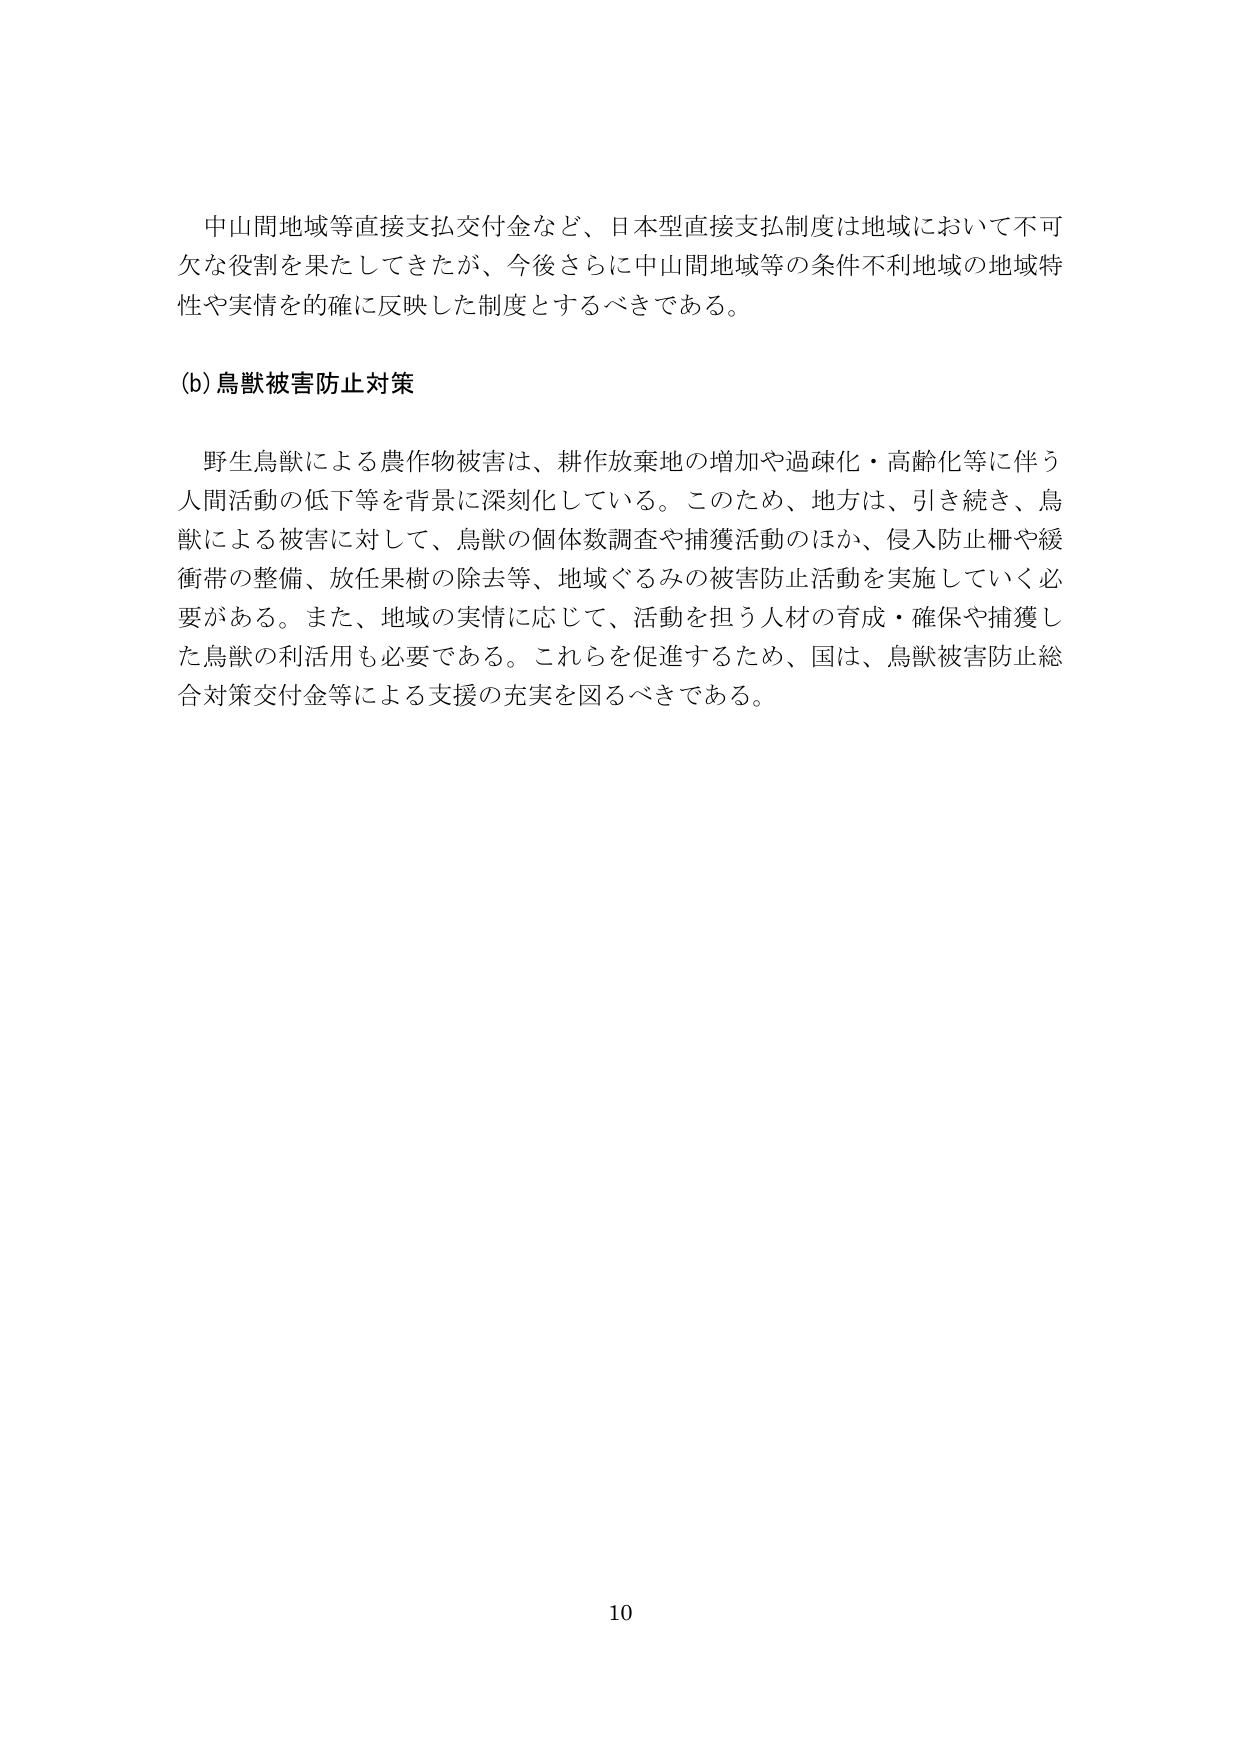
中山間地域等直接支払交付金など、日本型直接支払制度は地域において不可欠な役割を果たしてきたが、今後さらに中山間地域等の条件不利地域の地域特性や実情を的確に反映した制度とするべきである。

(b) 鳥獣被害防止対策

野生鳥獣による農作物被害は、耕作放棄地の増加や過疎化・高齢化等に伴う人間活動の低下等を背景に深刻化している。このため、地方は、引き続き、鳥獣による被害に対して、鳥獣の個体数調査や捕獲活動のほか、侵入防止柵や緩衝帯の整備、放任果樹の除去等、地域ぐるみの被害防止活動を実施していく必要がある。また、地域の実情に応じて、活動を担う人材の育成・確保や捕獲した鳥獣の利活用も必要である。これらを促進するため、国は、鳥獣被害防止総合対策交付金等による支援の充実を図るべきである。

10